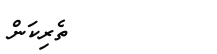
ތެރިކަން